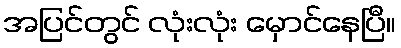
အပြင်တွင် လုံးလုံး မှောင်နေပြီ။